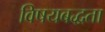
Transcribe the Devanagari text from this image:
विषयबद्धता